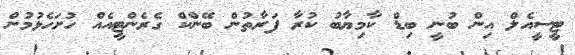
ޓީސީއެލް އިން ބުނީ ބިޑް ކާމިޔާބު ކުރާ ފަރާތުން ބޭންކް ގެރެންޓީއެއް ހުށަހެޅުމުން